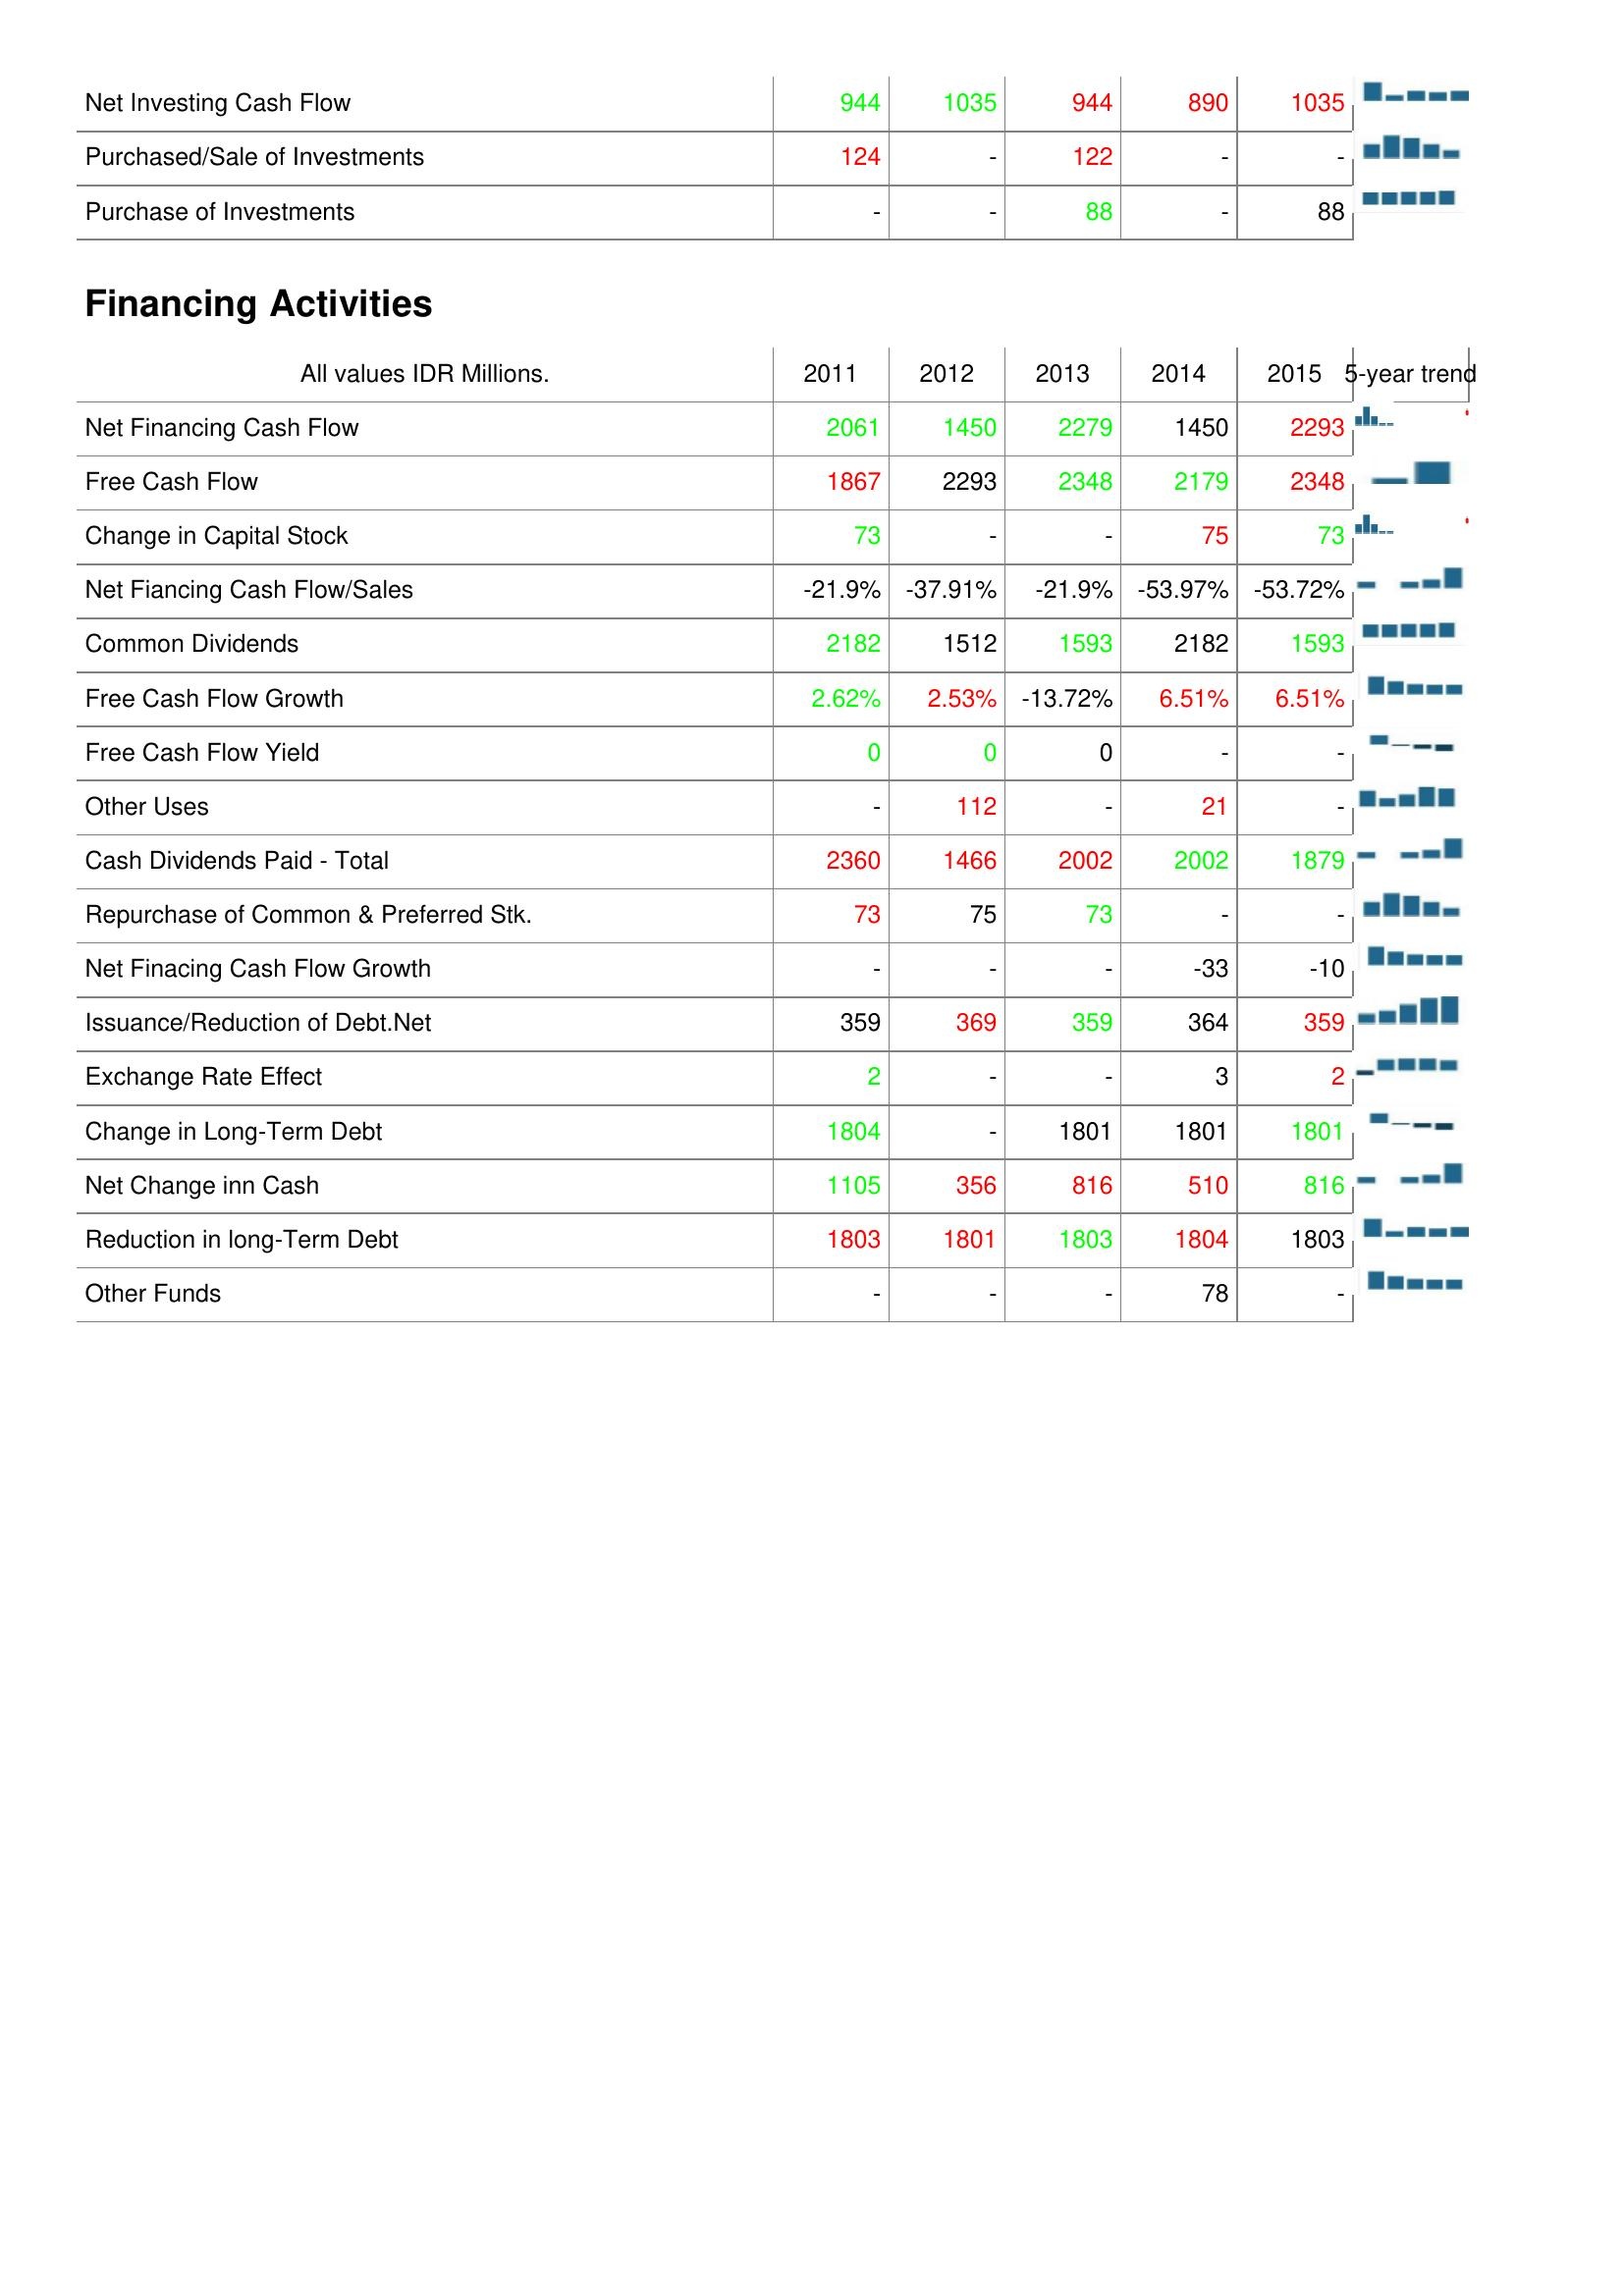
2011: Investing Activities: Net Investing Cash Flow: 944
Purchased/Sale of Investments: 124
Purchase of Investments: -
Financing Activities: Net Financing Cash Flow: 2061
Free Cash Flow: 1867
Change in Capital Stock: 73
Net Fiancing Cash Flow/Sales: -21.9%
Common Dividends: 2182
Free Cash Flow Growth: 2.62%
Free Cash Flow Yield: 0
Other Uses: -
Cash Dividends Paid - Total: 2360
Repurchase of Common & Preferred Stk.: 73
Net Finacing Cash Flow Growth: -
Issuance/Reduction of Debt.Net: 359
Exchange Rate Effect: 2
Change in Long-Term Debt: 1804
Net Change inn Cash: 1105
Reduction in long-Term Debt: 1803
Other Funds: -
2012: Investing Activities: Net Investing Cash Flow: 1035
Purchased/Sale of Investments: -
Purchase of Investments: -
Financing Activities: Net Financing Cash Flow: 1450
Free Cash Flow: 2293
Change in Capital Stock: -
Net Fiancing Cash Flow/Sales: -37.91%
Common Dividends: 1512
Free Cash Flow Growth: 2.53%
Free Cash Flow Yield: 0
Other Uses: 112
Cash Dividends Paid - Total: 1466
Repurchase of Common & Preferred Stk.: 75
Net Finacing Cash Flow Growth: -
Issuance/Reduction of Debt.Net: 369
Exchange Rate Effect: -
Change in Long-Term Debt: -
Net Change inn Cash: 356
Reduction in long-Term Debt: 1801
Other Funds: -
2013: Investing Activities: Net Investing Cash Flow: 944
Purchased/Sale of Investments: 122
Purchase of Investments: 88
Financing Activities: Net Financing Cash Flow: 2279
Free Cash Flow: 2348
Change in Capital Stock: -
Net Fiancing Cash Flow/Sales: -21.9%
Common Dividends: 1593
Free Cash Flow Growth: -13.72%
Free Cash Flow Yield: 0
Other Uses: -
Cash Dividends Paid - Total: 2002
Repurchase of Common & Preferred Stk.: 73
Net Finacing Cash Flow Growth: -
Issuance/Reduction of Debt.Net: 359
Exchange Rate Effect: -
Change in Long-Term Debt: 1801
Net Change inn Cash: 816
Reduction in long-Term Debt: 1803
Other Funds: -
2014: Investing Activities: Net Investing Cash Flow: 890
Purchased/Sale of Investments: -
Purchase of Investments: -
Financing Activities: Net Financing Cash Flow: 1450
Free Cash Flow: 2179
Change in Capital Stock: 75
Net Fiancing Cash Flow/Sales: -53.97%
Common Dividends: 2182
Free Cash Flow Growth: 6.51%
Free Cash Flow Yield: -
Other Uses: 21
Cash Dividends Paid - Total: 2002
Repurchase of Common & Preferred Stk.: -
Net Finacing Cash Flow Growth: -33
Issuance/Reduction of Debt.Net: 364
Exchange Rate Effect: 3
Change in Long-Term Debt: 1801
Net Change inn Cash: 510
Reduction in long-Term Debt: 1804
Other Funds: 78
2015: Investing Activities: Net Investing Cash Flow: 1035
Purchased/Sale of Investments: -
Purchase of Investments: 88
Financing Activities: Net Financing Cash Flow: 2293
Free Cash Flow: 2348
Change in Capital Stock: 73
Net Fiancing Cash Flow/Sales: -53.72%
Common Dividends: 1593
Free Cash Flow Growth: 6.51%
Free Cash Flow Yield: -
Other Uses: -
Cash Dividends Paid - Total: 1879
Repurchase of Common & Preferred Stk.: -
Net Finacing Cash Flow Growth: -10
Issuance/Reduction of Debt.Net: 359
Exchange Rate Effect: 2
Change in Long-Term Debt: 1801
Net Change inn Cash: 816
Reduction in long-Term Debt: 1803
Other Funds: -